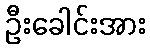
ဦးခေါင်းအား